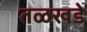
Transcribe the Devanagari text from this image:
तळखडे